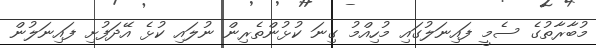
މުބާރާތުގެ ސެމީ ފައިނަލުގައި މުހިއްމު ގިނަ ކުޅުންތެރިން ނުލައި ކުޅެ އޭދަފުށި ފައިނަލުން